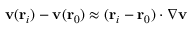
\mathbf { v } ( \mathbf { r } _ { i } ) - \mathbf { v } ( \mathbf { r } _ { 0 } ) \approx ( \mathbf { r } _ { i } - \mathbf { r } _ { 0 } ) \cdot \nabla \mathbf { v }